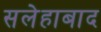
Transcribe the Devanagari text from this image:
सलेहाबाद